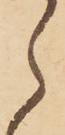
ら